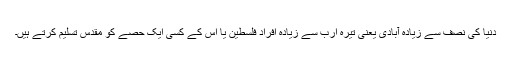
دُنیا کی نصف سے زیادہ آبادی یعنی تیرہ ارب سے زیادہ افراد فلسطین یا اس کے کسی ایک حصے کو مقدس تسلیم کرتے ہیں۔